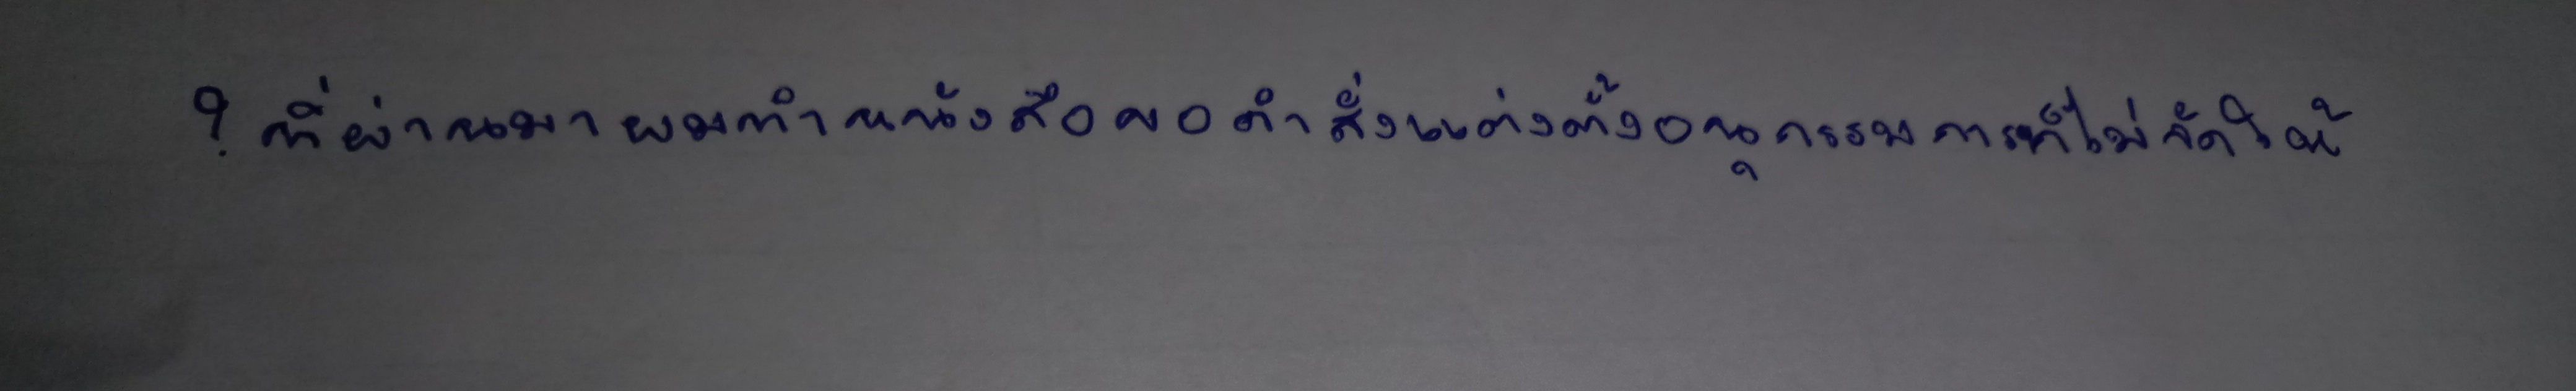
?ที่ผ่านมาผมทำหนังสือขอคำสั่งแต่งตั้งอนุกรรมการฯก็ไม่จัดให้